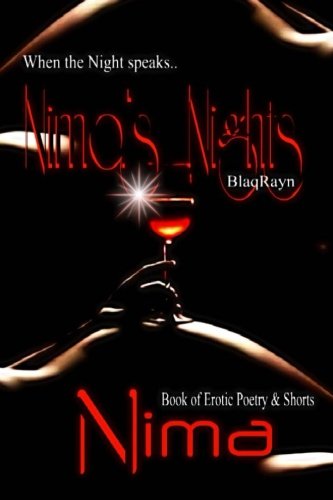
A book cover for Nima's Nights; Nima Shiningstar El; Romance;